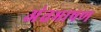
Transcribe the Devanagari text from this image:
अंतभाषण